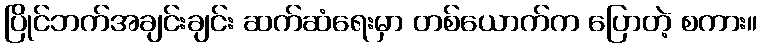
ပြိုင်ဘက်အချင်းချင်း ဆက်ဆံရေးမှာ တစ်ယောက်က ပြောတဲ့ စကား။